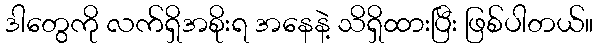
ဒါတွေကို လက်ရှိအစိုးရ အနေနဲ့ သိရှိထားပြီး ဖြစ်ပါတယ်။